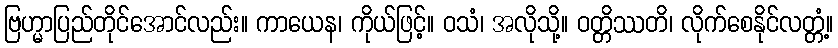
ဗြဟ္မာပြည်တိုင်အောင်လည်း။ ကာယေန၊ ကိုယ်ဖြင့်။ ဝသံ၊ အလိုသို့။ ဝတ္တိဿတိ၊ လိုက်စေနိုင်လတ္တံ့။